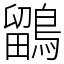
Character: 鶹